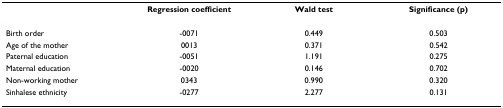
<table><thead><tr><td></td><td><b>Regression coefficient</b></td><td><b>Wald test</b></td><td><b>Significance (p)</b></td></tr></thead><tbody><tr><td>Birth order</td><td>-0071</td><td>0.449</td><td>0.503</td></tr><tr><td>Age of the mother</td><td>0013</td><td>0.371</td><td>0.542</td></tr><tr><td>Paternal education</td><td>-0051</td><td>1.191</td><td>0.275</td></tr><tr><td>Maternal education</td><td>-0020</td><td>0.146</td><td>0.702</td></tr><tr><td>Non-working mother</td><td>0343</td><td>0.990</td><td>0.320</td></tr><tr><td>Sinhalese ethnicity</td><td>-0277</td><td>2.277</td><td>0.131</td></tr></tbody></table>